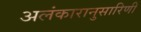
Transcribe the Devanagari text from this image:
अलंकारानुसारिणी